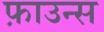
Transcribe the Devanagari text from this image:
फ़ाउन्स